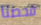
فحصنا